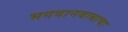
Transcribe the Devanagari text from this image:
भगवानबाबाचा